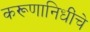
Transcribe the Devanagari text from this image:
करूणानिधींचे